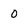
Character: 0